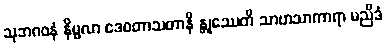
သုဘဂဝနံ နိမ္မလာ ဒေဝတာသတာနိ န္တုဿေတိ သာဟသာကာရာ မညိဒံ